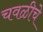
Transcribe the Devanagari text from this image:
चवळीचे